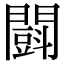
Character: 𨶜